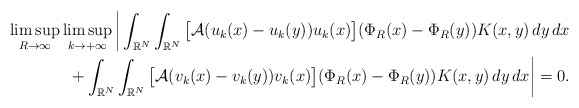
\begin{align*} \limsup_{R \to \infty} \limsup_{k\to +\infty}\bigg| \int_{\mathbb{R}^{N}}\int_{\mathbb{R}^{N}} \big[ \mathcal{A}(u_k(x)-u_{k}(y))u_k(x)\big](\Phi_{R}(x)-\Phi_{R}(y))K(x,y)\,dy\,dx \\ + \int_{\mathbb{R}^{N}}\int_{\mathbb{R}^{N}} \big[ \mathcal{A}(v_k(x)-v_{k}(y))v_k(x)\big](\Phi_{R}(x)-\Phi_{R}(y))K(x,y)\,dy\,dx \bigg|=0. \end{align*}